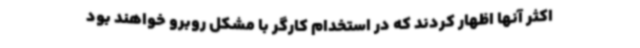
اکثر آنها اظهار کردند که در استخدام کارگر با مشکل روبرو خواهند بود